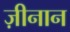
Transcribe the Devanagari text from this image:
ज़ीनान